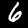
Digit: 6